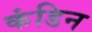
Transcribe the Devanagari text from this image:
कंडिन